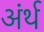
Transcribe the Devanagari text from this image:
अंर्थ